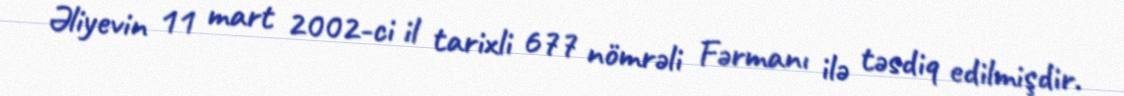
Əliyevin 11 mart 2002-ci il tarixli 677 nömrəli Fərmanı ilə təsdiq edilmişdir.